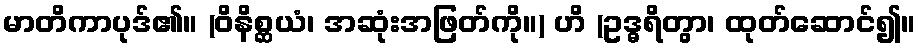
မာတိကာပုဒ်၏။ (ဝိနိစ္ဆယံ၊ အဆုံးအဖြတ်ကို။) ဟိ (ဥဒ္ဓရိတွာ၊ ထုတ်ဆောင်၍။